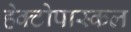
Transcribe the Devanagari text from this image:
हेक्टोपास्कल